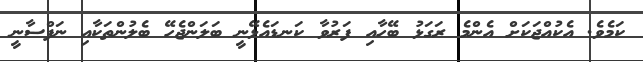
ކަމެވެ. އެކުއްޖަކަށް އެންމެ ރަގަޅު ބޭހާއި ފަރުވާ ކަނޑައެޅޭނީ ބަލަންޖެހޭ ބެލުންތަކާއި ނަފްސާނީ